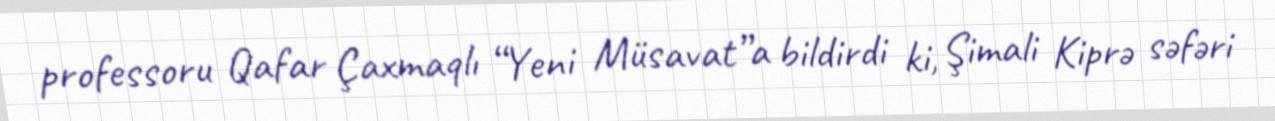
professoru Qafar Çaxmaqlı “Yeni Müsavat”a bildirdi ki, Şimali Kiprə səfəri